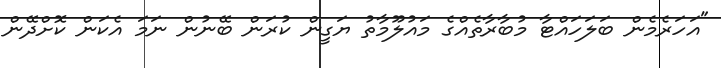
"އަހަރެމެން ބަލަހައްޓާ މުބާރާތެއްގެ މައުލޫމާތު ޔަގީން ކުރަން ބޭނުން ނަމަ އެކަން ކޮށްދޭން